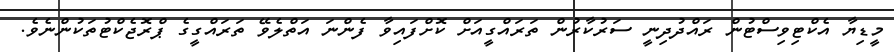
މީޑިޔާ އެކްޓިވިސްޓުން ރައްދުދިނީ ސަރުކާރުން ތަރައްގީއަށް ކޮށްފައިވާ ފެންނަ އަތްލެވޭ ތަރައްގީގެ ޕްރޮޖެކްޓުތަކުންނެވެ.